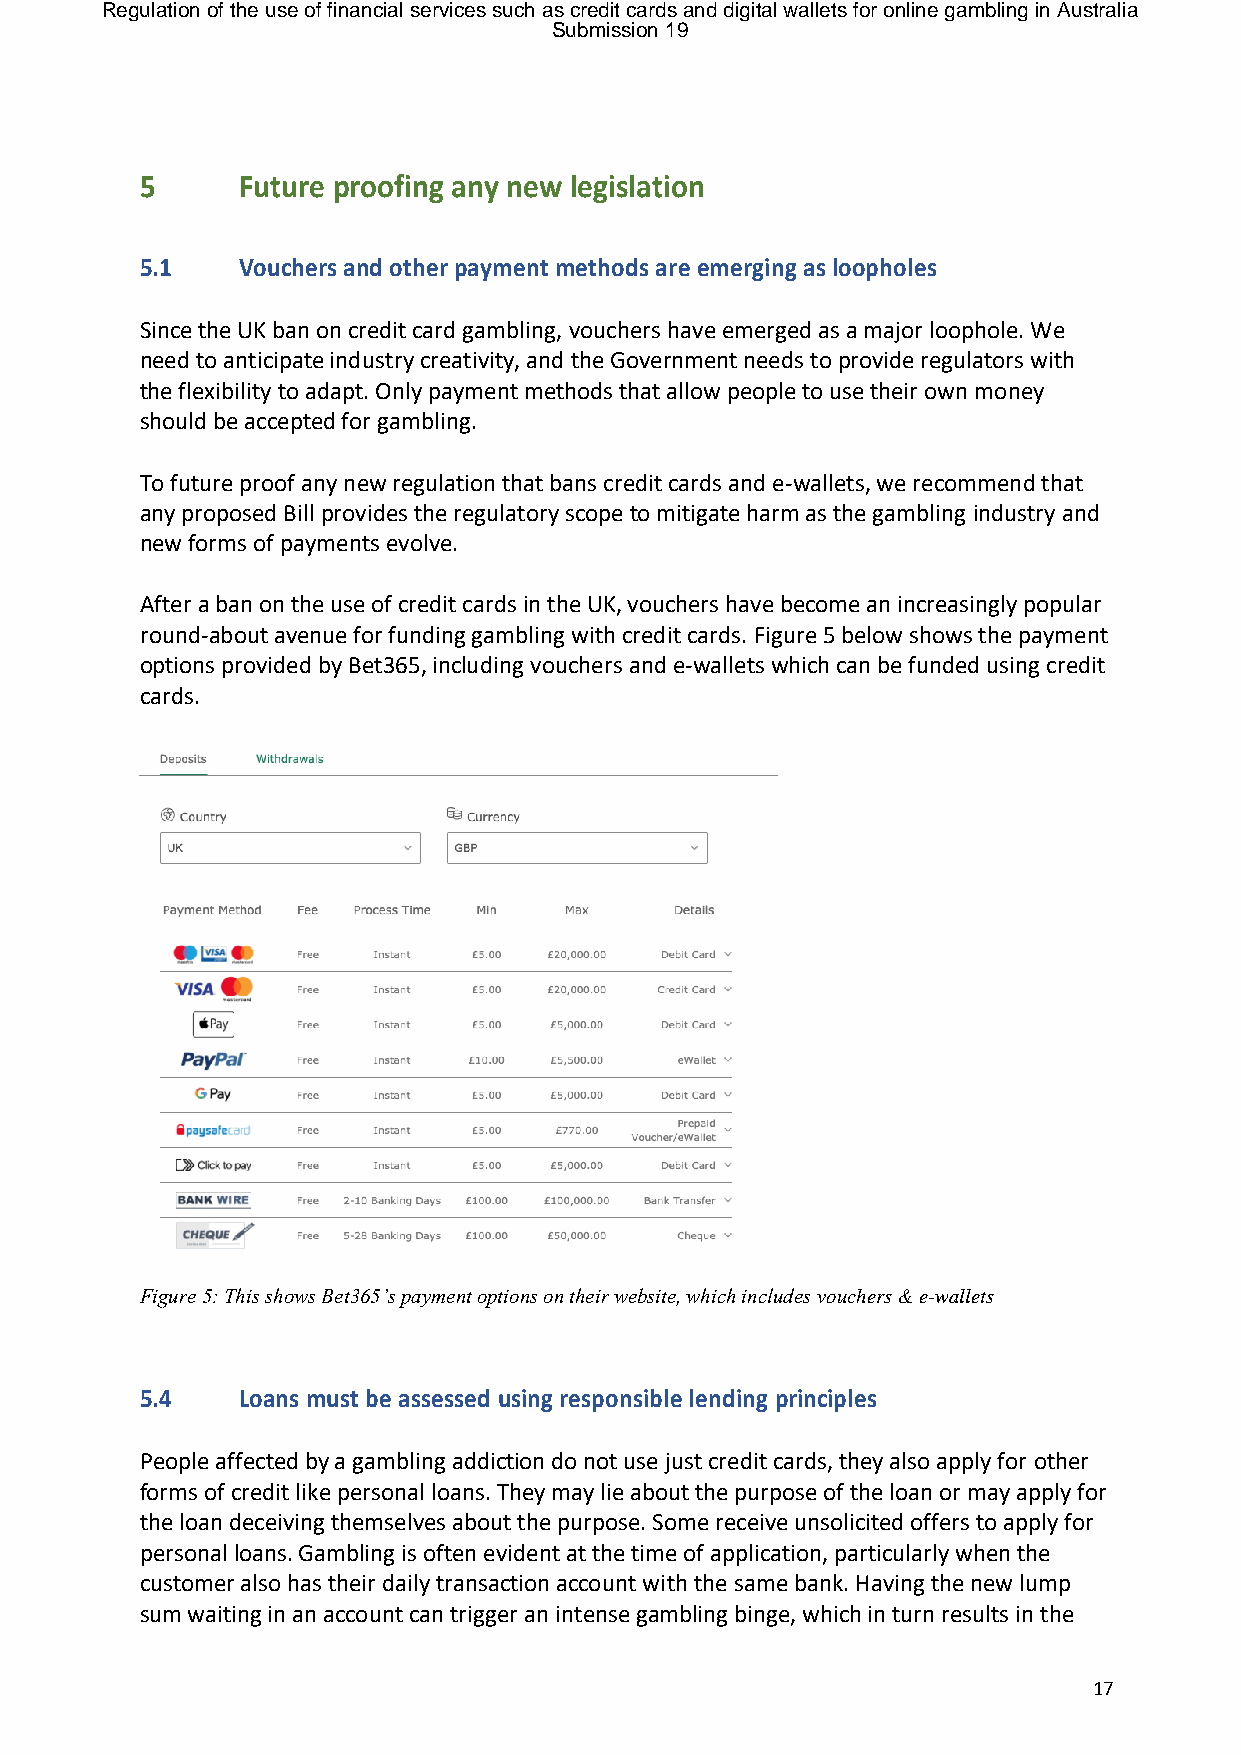
Regulation of the use of financial services such as credit cards and digital wallets for online gambling in Australia
 Submission 19
 5      Future proofing any new legislation
 5.1    Vouchers and other payment methods are emerging as loopholes
 Since the UK ban on credit card gambling, vouchers have emerged as a major loophole. We
 need to anticipate industry creativity, and the Government needs to provide regulators with
 the flexibility to adapt. Only payment methods that allow people to use their own money
 should be accepted for gambling.
 To future proof any new regulation that bans credit cards and e-wallets, we recommend that
 any proposed Bill provides the regulatory scope to mitigate harm as the gambling industry and
 new forms of payments evolve.
 After a ban on the use of credit cards in the UK, vouchers have become an increasingly popular
 round-about avenue for funding gambling with credit cards. Figure 5 below shows the payment
 options provided by Bet365, including vouchers and e-wallets which can be funded using credit
 cards.
 Figure 5: This shows Bet365’s payment options on their website, which includes vouchers & e-wallets
 5.4    Loans must be assessed using responsible lending principles
 People affected by a gambling addiction do not use just credit cards, they also apply for other
 forms of credit like personal loans. They may lie about the purpose of the loan or may apply for
 the loan deceiving themselves about the purpose. Some receive unsolicited offers to apply for
 personal loans. Gambling is often evident at the time of application, particularly when the
 customer also has their daily transaction account with the same bank. Having the new lump
 sum waiting in an account can trigger an intense gambling binge, which in turn results in the
 17